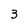
Character: 3